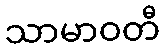
သာမာဝတီ